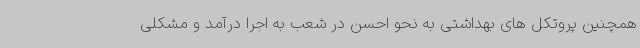
همچنین پروتکل های بهداشتی به نحو احسن در شعب به اجرا درآمد و مشکلی